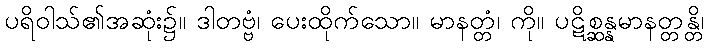
ပရိဝါသ်၏အဆုံး၌။ ဒါတဗ္ဗံ၊ ပေးထိုက်သော။ မာနတ္တံ၊ ကို။ ပဋိစ္ဆန္နမာနတ္တန္တိ၊